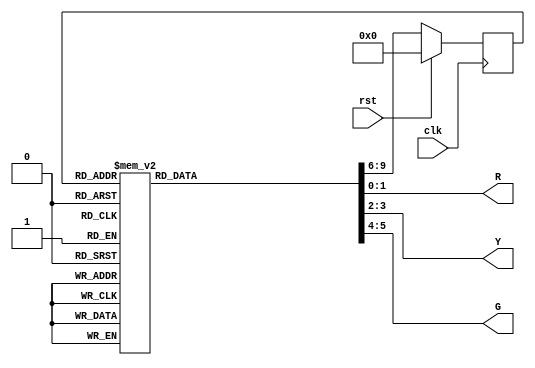
module RYG_FSM (
    input rst,clk,
    output reg [1:0]R,Y,G
);

reg [3:0] present_state,next_state;
//update present_state
always @(negedge clk) begin
    if(rst)
        present_state <= 0;
    else
        present_state <= next_state;
end

//RYG_FSM
always @(*) begin
    next_state = 0;
    case (present_state)
         0:
        begin
            R = 2'b01;
            Y = 0;
            G = 2'b10;
            next_state = 1;
        end
        1:
        begin
            R = 2'b01;
            Y = 0;
            G = 2'b10;
            next_state = 2;
        end
        2:
        begin
            R = 2'b01;
            Y = 0;
            G = 2'b10;
            next_state = 3;
        end
        3:
        begin
            R = 2'b01;
            Y = 0;
            G = 2'b10;
            next_state = 4;
        end
        4:
        begin
            R = 2'b01;
            Y = 0;
            G = 2'b10;
            next_state = 5;
        end
        5:
        begin
            R = 2'b01;
            Y = 0;
            G = 2'b10;
            next_state = 6;
        end
        6:
        begin
            R = 2'b01;
            Y = 2'b10;
            G = 0;
            next_state = 7;
        end
        7:
        begin
            R = 2'b01;
            Y = 2'b10;
            G = 0;
            next_state = 8;
        end
        8:
        begin
            R = 2'b10;
            Y = 0;
            G = 2'b01;
            next_state = 9;
        end
        9:
        begin
            R = 2'b10;
            Y = 0;
            G = 2'b01;
            next_state = 10;
        end
        10:
        begin
            R = 2'b10;
            Y = 0;
            G = 2'b01;
            next_state = 11;
        end
        11:
        begin
            R = 2'b10;
            Y = 0;
            G = 2'b01;
            next_state = 12;
        end
        12:
        begin
            R = 2'b10;
            Y = 0;
            G = 2'b01;
            next_state = 13;
        end
        13:
        begin
            R = 2'b10;
            Y = 0;
            G = 2'b01;
            next_state = 14;
        end
        14:
        begin
            R = 2'b10;
            Y = 2'b01;
            G = 0;
            next_state = 15;
        end  
        15:
        begin
            R = 2'b10;
            Y = 2'b01;
            G = 0;
            next_state = 0;
        end  
    endcase
end

endmodule